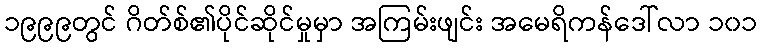
၁၉၉၉တွင် ဂိတ်စ်၏ပိုင်ဆိုင်မှုမှာ အကြမ်းဖျင်း အမေရိကန်ဒေါ်လာ ၁၀၁